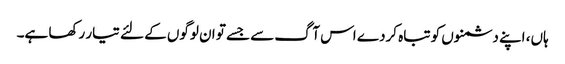
ہاں، اپنے دشمنوں کو تباہ کردے اس آگ سے جسے تو ان لوگوں کے لئے تیار رکھا ہے۔